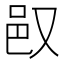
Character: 𬩴